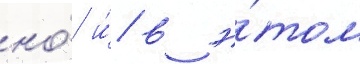
но́ и́ в э́том